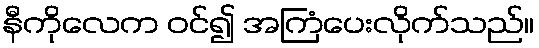
နီကိုလေက ဝင်၍ အကြံပေးလိုက်သည်။